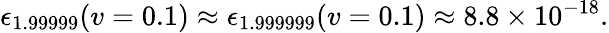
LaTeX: \epsilon_{1.99999}(v=0.1)\approx\epsilon_{1.999999}(v=0.1)\approx 8.8\times 10^{-18}.